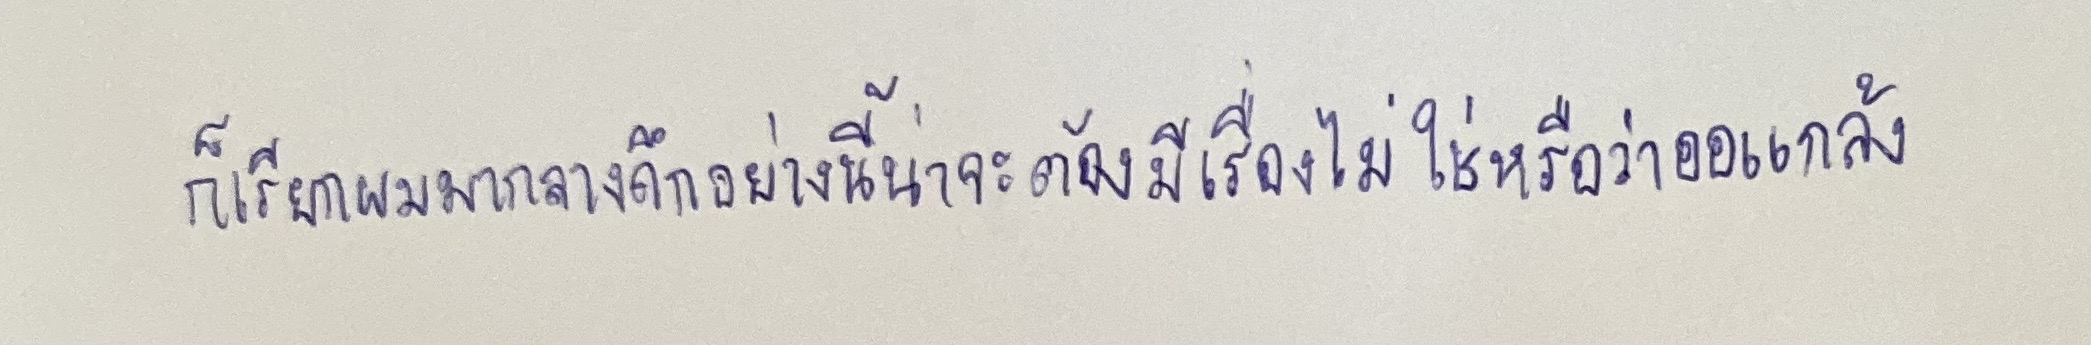
ก็เรียกผมมากลางดึกอย่างนี้น่าจะต้องมีเรื่องไม่ใช่หรือหรือว่าออแกล้ง